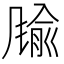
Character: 𲋈